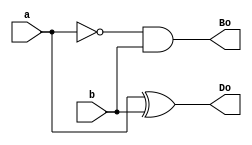
`timescale 1ns / 1ps
//////////////////////////////////////////////////////////////////////////////////
// Company: 
// Engineer: 
// 
// Design Name: 
// Module Name:    half_sub 
// Project Name: 
// Target Devices: 
// Tool versions: 
// Description: 
//
// Dependencies: 
//
// Revision: 
// Revision 0.01 - File Created
// Additional Comments: 
//
//////////////////////////////////////////////////////////////////////////////////
module half_sub(
    input a,
    input b,
    output Do,
    output Bo
    );
	 assign Do=a^b;
	 assign Bo=~a&b;


endmodule